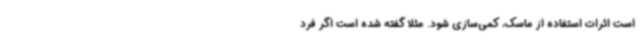
است اثرات استفاده از ماسک، کمی‌سازی شود. مثلا گفته شده است اگر فرد